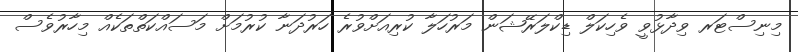
މިނިސްޓަރ ވިދާޅުވީ ވެހިކަލް ޑިކްލަރޭޝަން މަރުހަލާ ކުރިއަށްވުރެ ހަރުދަނާ ކުރުމަށް މަސައްކަތްތަކެއް މިހާރުވެސް